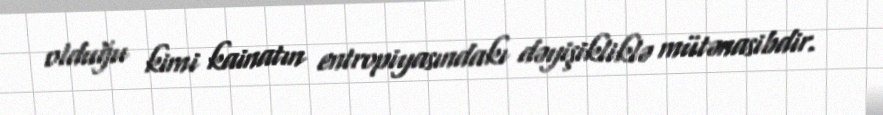
olduğu kimi kainatın entropiyasındakı dəyişikliklə mütənasibdir.